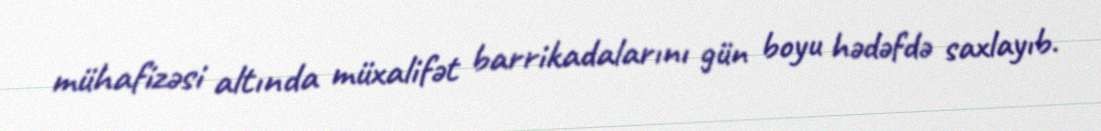
mühafizəsi altında müxalifət barrikadalarını gün boyu hədəfdə saxlayıb.